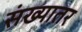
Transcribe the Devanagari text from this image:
संख्यातर